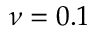
\nu = 0 . 1